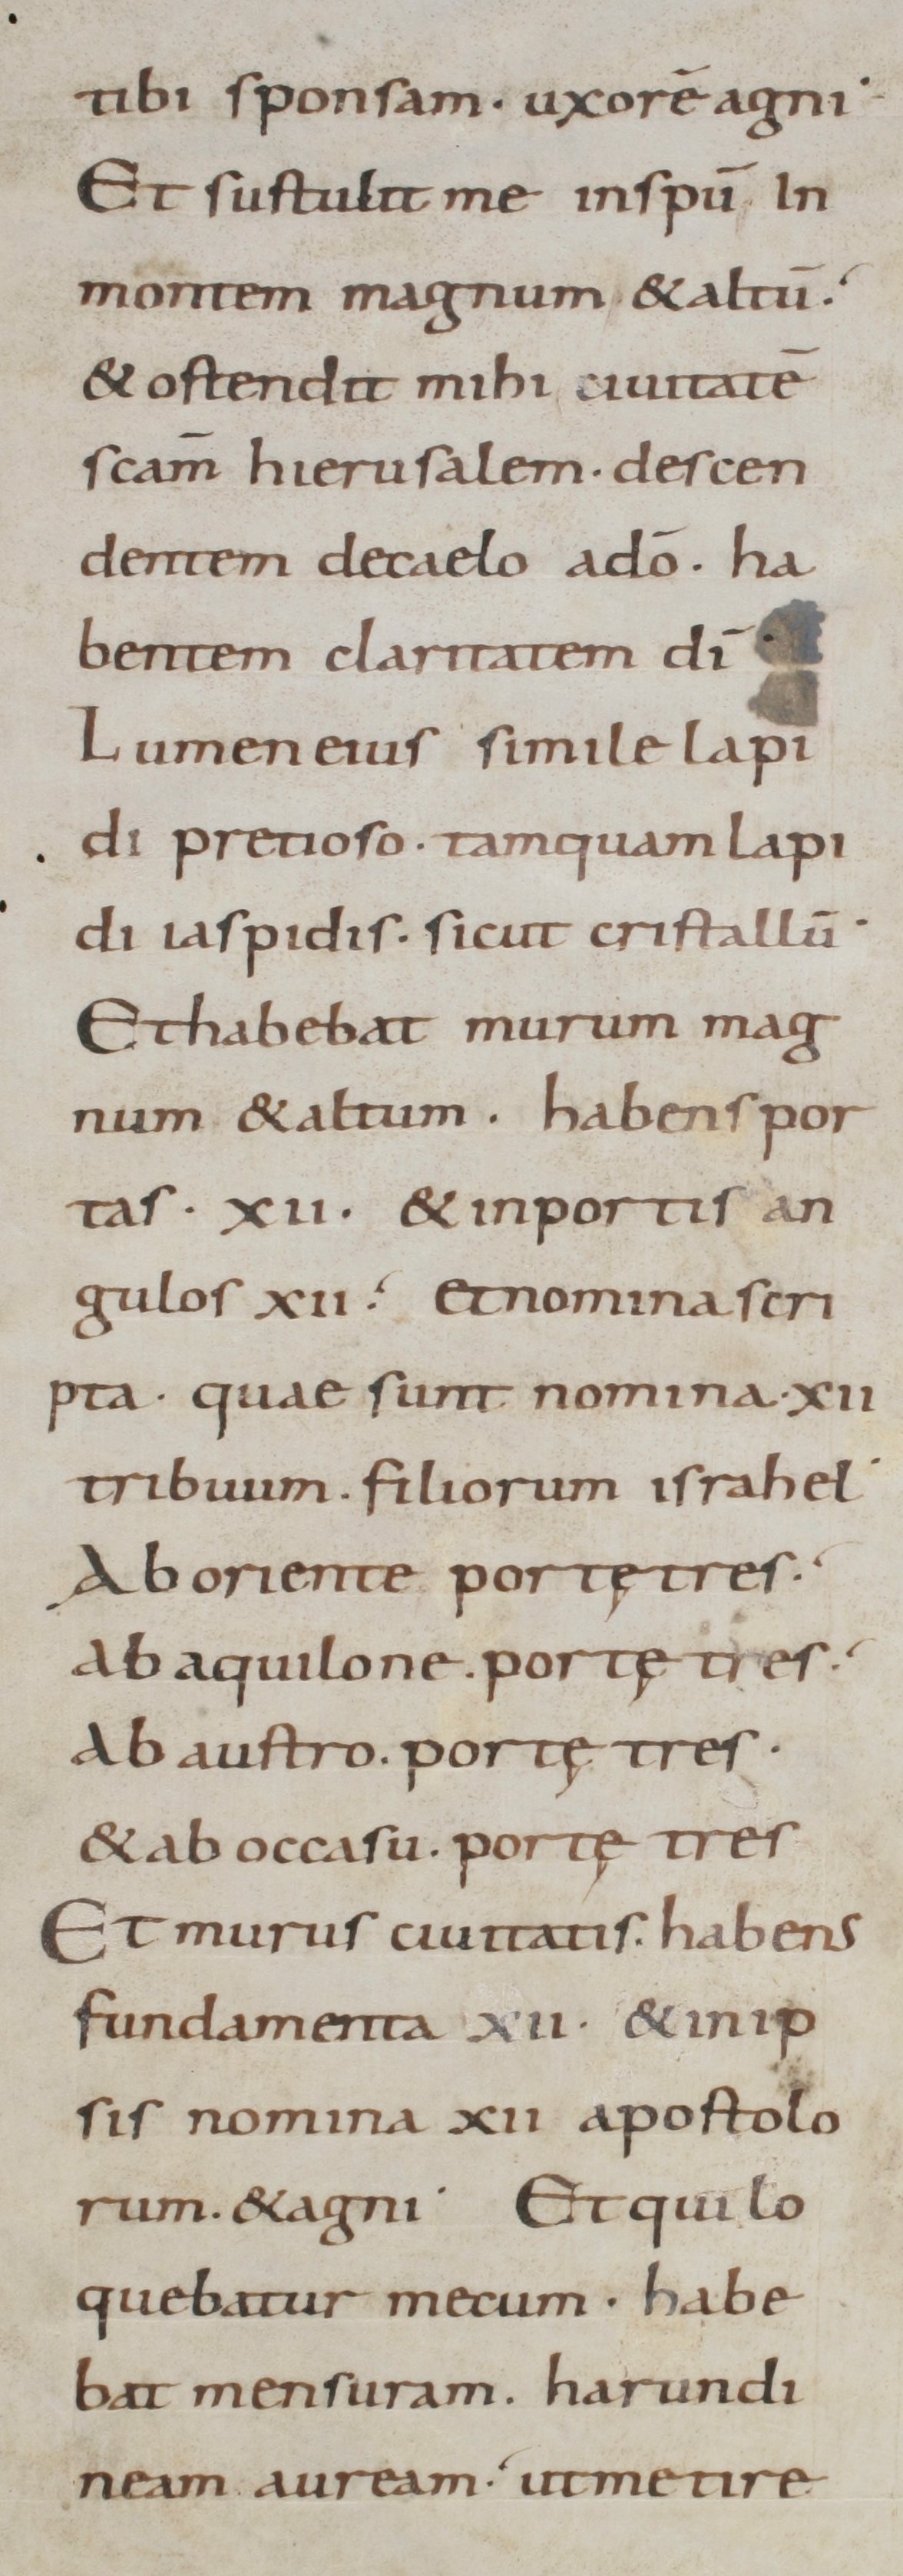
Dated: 800–899